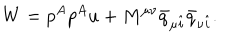
LaTeX: W = p ^ { A } p ^ { A } u + M ^ { \mu \nu } \bar { q } _ { \mu \hat { i } } \bar { q } _ { \nu \hat { i } } .